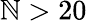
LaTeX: \mathbb{N}>20